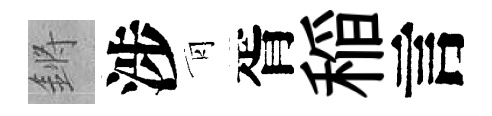
鏘涉青胥稲言